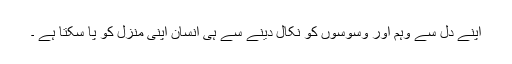
اپنے دل سے وہم اور وسوسوں کو نکال دینے سے ہی انسان اپنی منزل کو پا سکتا ہے ۔